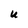
Character: U